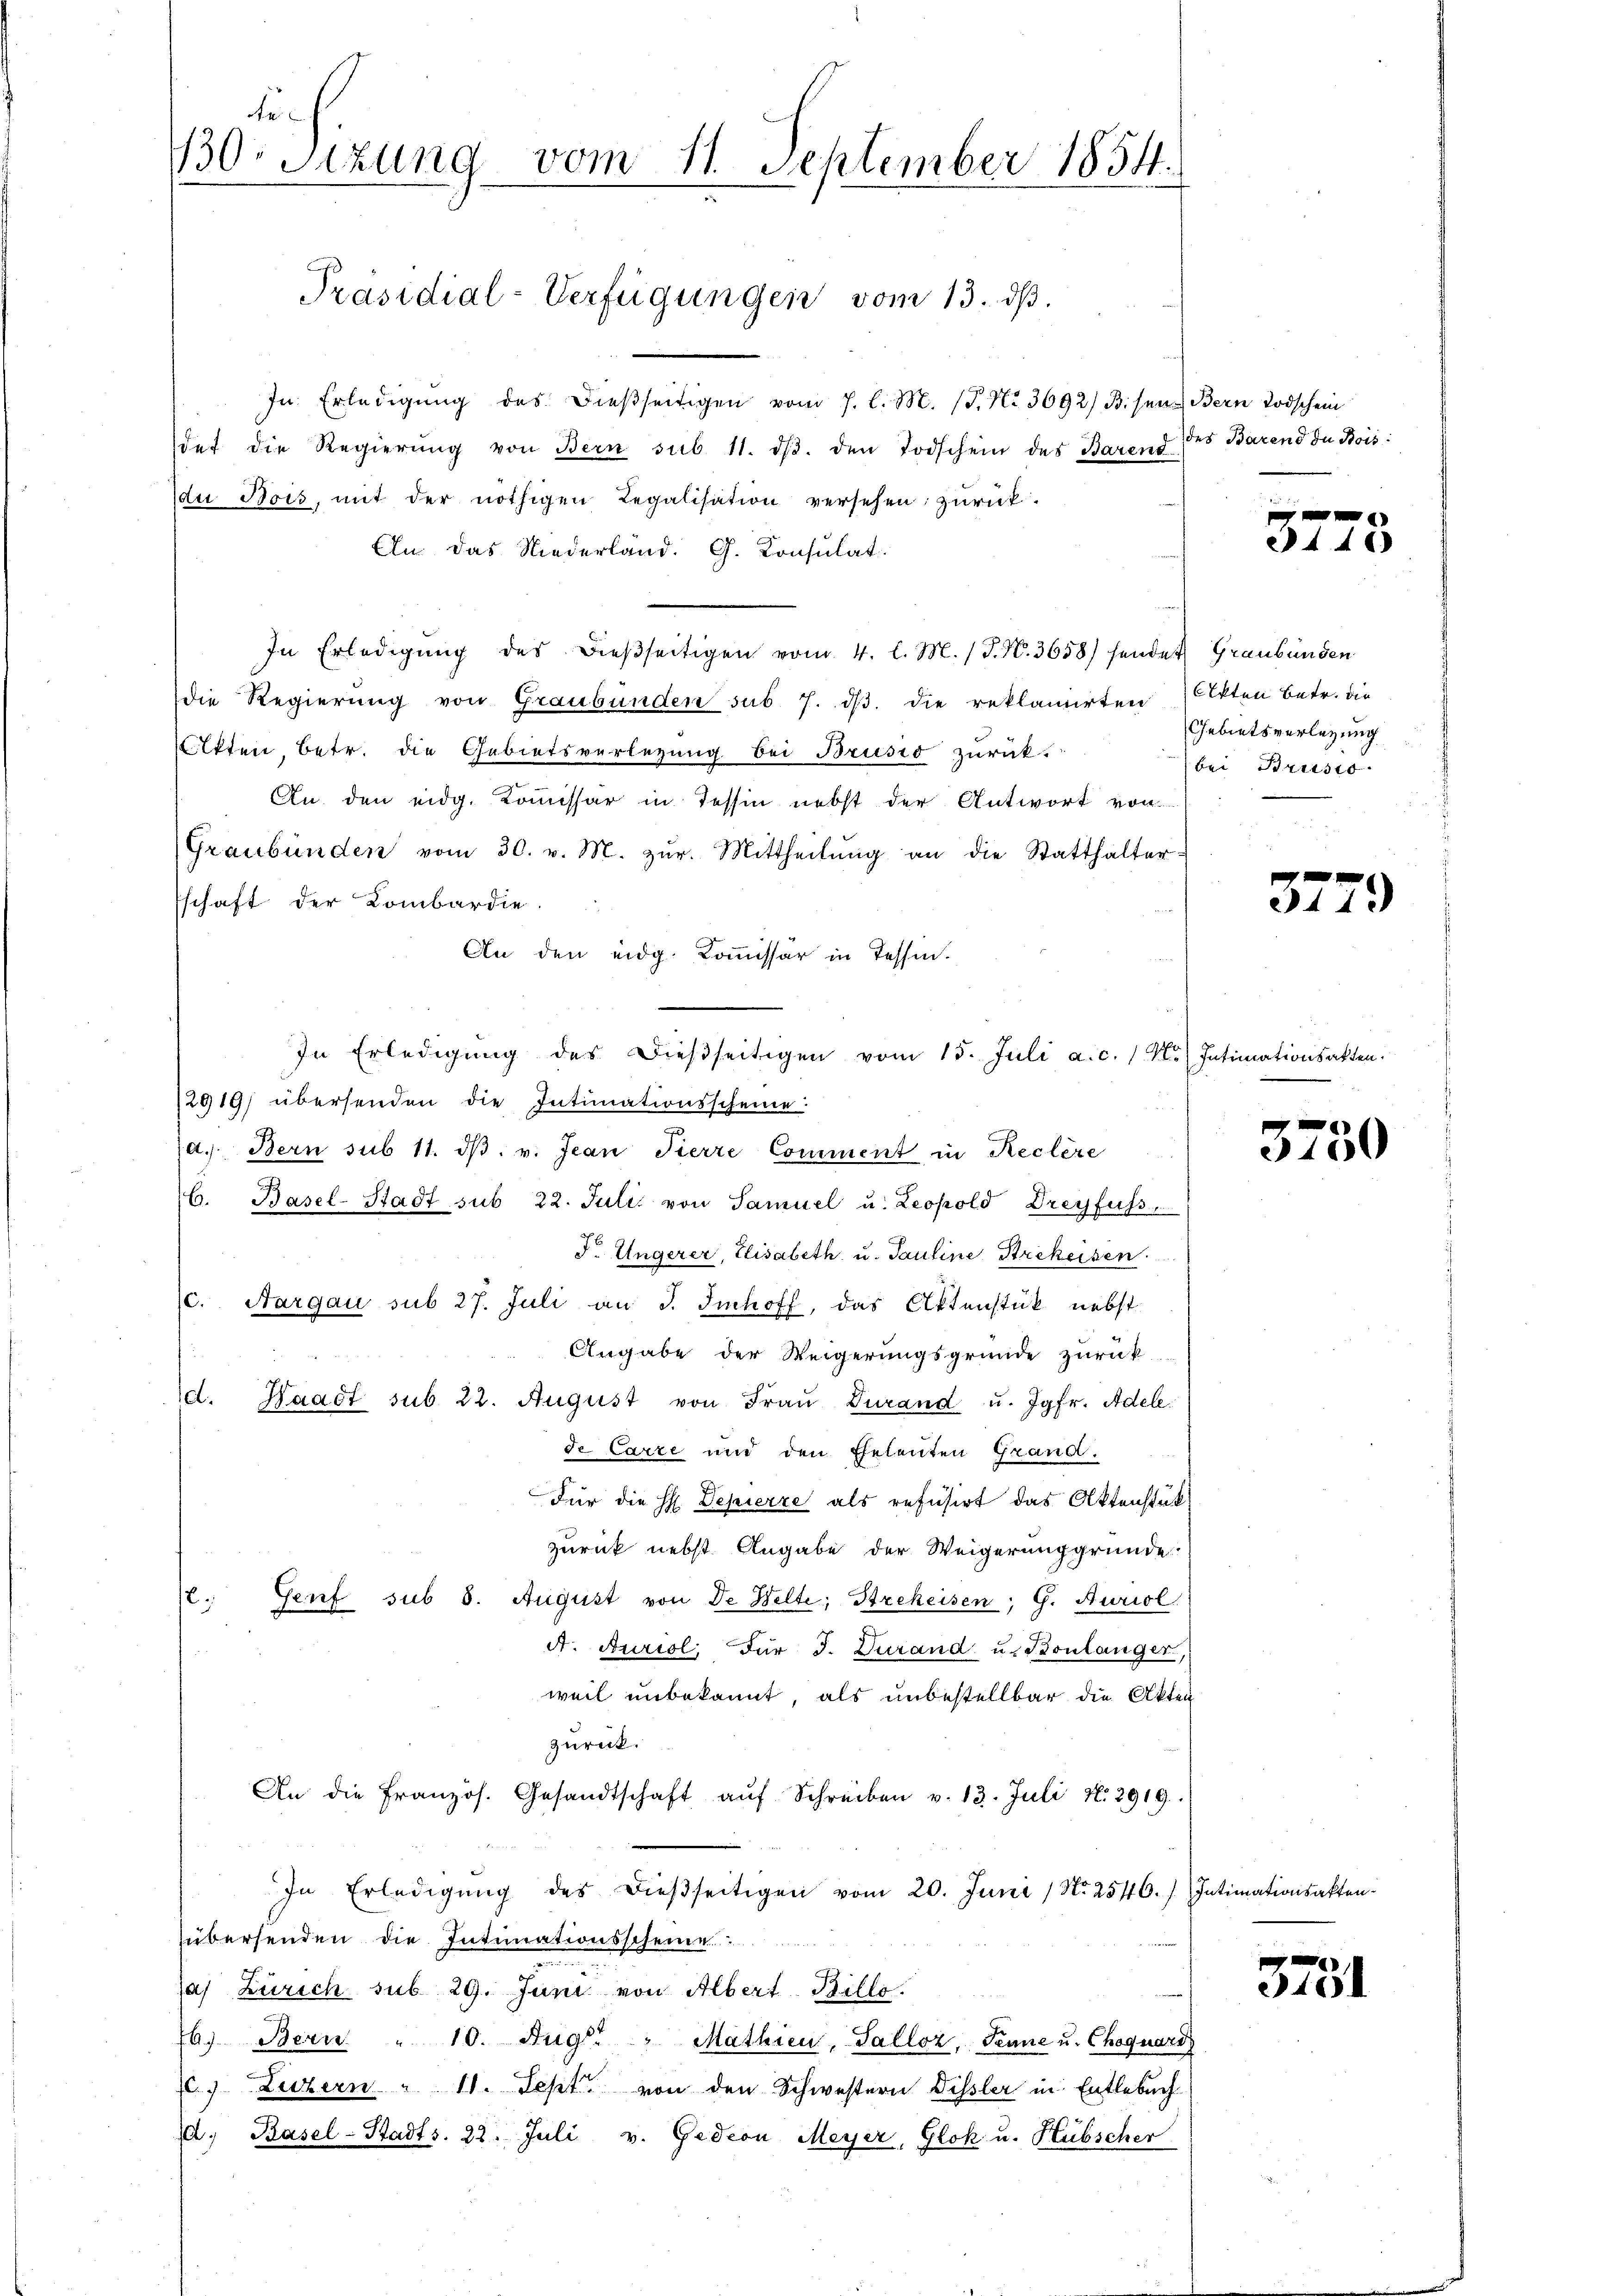
de
130. Sekung vom 11. September 1854.

In Erledigung des dießseitigen vom 7. l. M. (T. No. 3692/ B. sene Bern Todschein
det die Regierŭng von Bern sub 11. dβ. den Todschein des Barend
du Bois, mit der nöthigen Regalisation versehen, zurück.
An das Niederland. G. Konsulat.
In Erledigŭng des dießseitigen vom 4. l. M. (T. N. 3658) sendet Graubünden
die Regierung von Graubünden sub 7. dβ. die reklamirten Akten betr. die
lkten, betr. die Gebietsverlegung bei Brusio zurück.
An den eidg. Kommissär in Tessin nebst der Antwort von
Graubünden vom 30. v. M. zŭr Mittheilŭng an die Statthalter-
schaft der Lombardie
An den eidg. Kommissär in Tessin.
12919) übersenden die Intimationsscheine:
d. Bern sub 11. dβ. v. Jean Pierre Comment in Reclère
6. Basel-Stadt sub 22. Juli von Samuel u. Leopold Dreyfuss,
F. Ungerer, Elisabeth u. Pauline Strekeisen.
c. Aargau sub 27. Juli an J. Imhoff, das Aktenstück nebst
Angabe der Weigerungsgründe zurück-
d. Waadt sub 22. August von Fraŭ Durand u. Jgfr. Adele
de Carze und den Eheleuten Grand.
Für die H. Depierze als refusirt das Aktenstück
zurück nebst Angabe der Weigerung gründe.
12.
Genf sub 5. August von de Welte; Strekeisen; G. Auriol
A. Buriol, Für J. Durand u. Bonlänger,
weil unbekannt, als unbestellbar die Akten
zurück.
An die französ. Gesandtschaft aŭf Schreiben v. 13. Juli 182919.
In Erledigŭng des dießseitigen vom 20. Juni / Nr. 2546. Intimationsakten.
übersenden die Intimationsscheine
sas Zürich sub 29. Juni von Albert Billo
b. Bern " 10. Aug. Mathien, Salloz, Tenne u. Choquars
. Luzern " 11. Sept. von den Schwestern Dissler in Entlebuch
. Basel-Stadts. 22. Juli v. Gedion Meyer, Glok u. Hübscher

Präsidial-Verfügungen vom 13. ds.

.
.
In Erledigŭng des dießseitigen vom 15. Juli a. c. 11. Intimationsakten.

des Barend zu Bois:

44x

Gebietsverlegung
bei Brusts

3779

3750

e
340